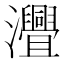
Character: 𤅚